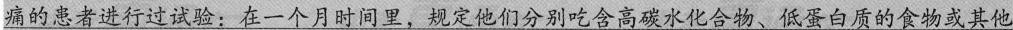
痛的患者进行过试验：在一个月时间里，规定他们分别吃含高碳水化合物、低蛋白质的食物或其他